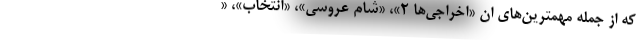
که از جمله مهمترین‌های ان «اخراجی‌ها ۲»، «شام عروسی»، «انتخاب»، «